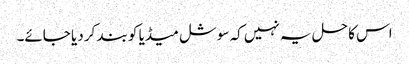
اس کا حل یہ نہیں کہ سوشل میڈیا کو بند کر دیا جائے۔